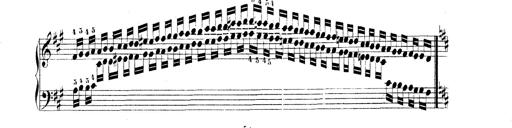
Title: Technische Studien
Composer: Franz Liszt